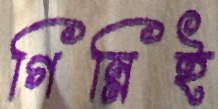
গিন্নিই